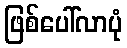
ဖြစ်ပေါ်လာပုံ